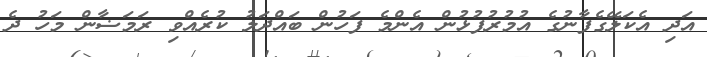
އަދި އެކަލޭގެފާނުގެ އުމުރުފުޅުން އެންމެ ފަހުން ބައްދަލު ކުރެއްވި ރަމަޟާން މަހު ދެ